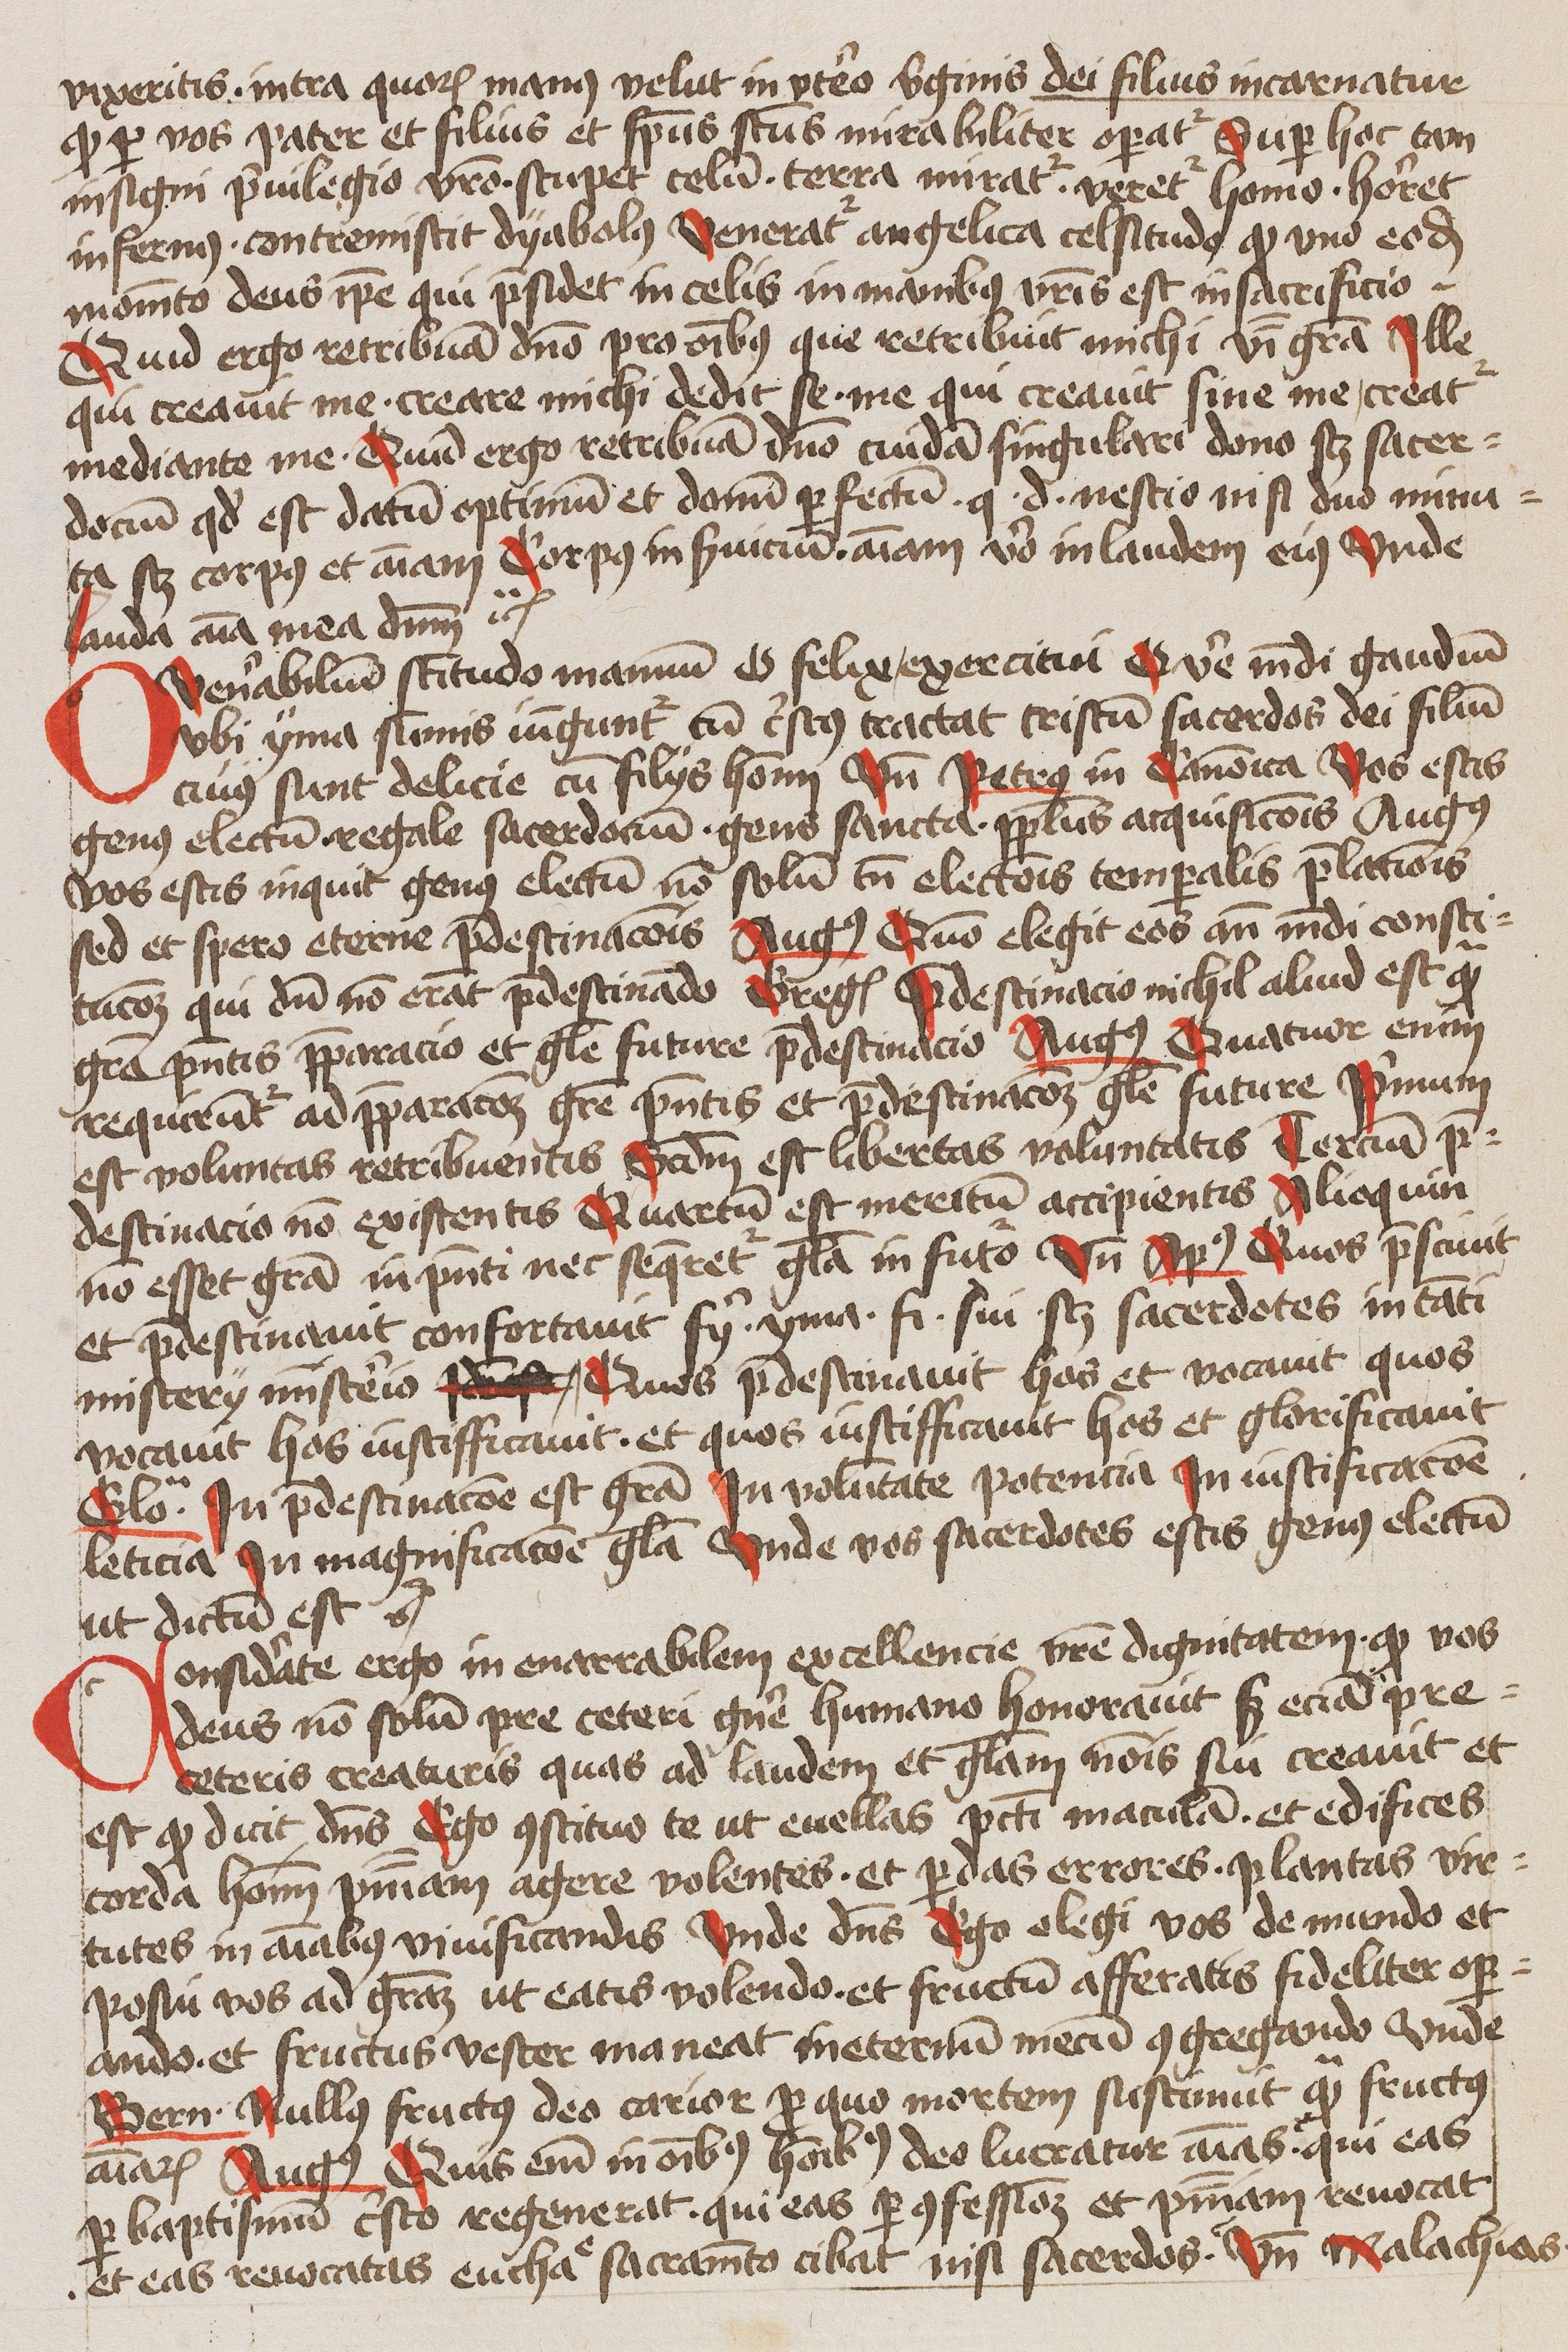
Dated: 1445–1445